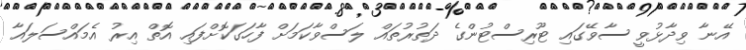
އޭނާ ވިދާޅުވީ ސާވޭގައި ޓޫރިސްޓުންގެ ދަތުރުތައް ލަސްވާކަމަށް ފާހަގަކޮށްފައި އޮތް އިރު އެމައްސަލައާ